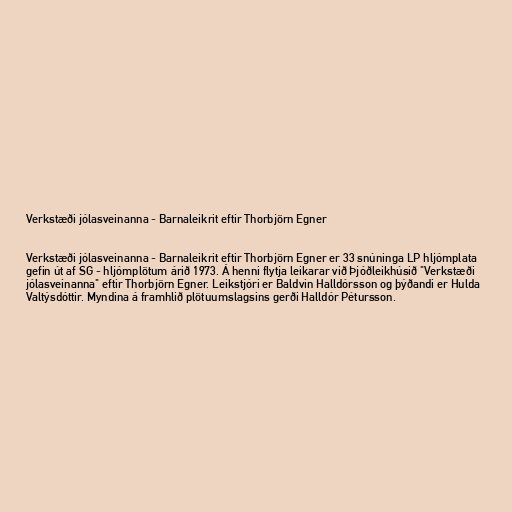
Verkstæði jólasveinanna - Barnaleikrit eftir Thorbjörn Egner

Verkstæði jólasveinanna - Barnaleikrit eftir Thorbjörn Egner er 33 snúninga LP hljómplata
gefin út af SG - hljómplötum árið 1973. Á henni flytja leikarar við Þjóðleikhúsið "Verkstæði
jólasveinanna" eftir Thorbjörn Egner. Leikstjóri er Baldvin Halldórsson og þýðandi er Hulda
Valtýsdóttir. Myndina á framhlið plötuumslagsins gerði Halldór Pétursson.